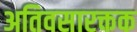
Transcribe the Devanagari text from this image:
अतिवसारक्तक